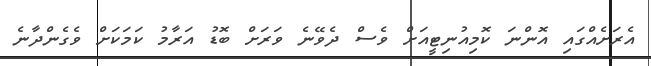
އެރަށެއްގައި އޮންނަ ކޮމިއުނިޓީއަށް ވެސް ދެވޭނެ ވަރަށް ބޮޑު އަރާމު ކަމަކަށް ވެގެންދާނެ